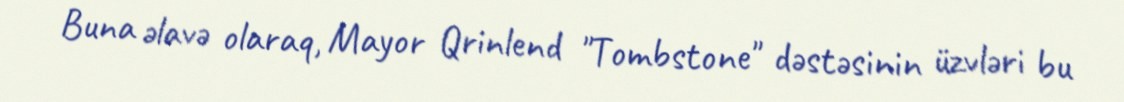
Buna əlavə olaraq, Mayor Qrinlend "Tombstone" dəstəsinin üzvləri bu